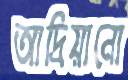
আদ্রিয়ানো